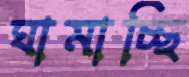
ঘামাচ্ছি